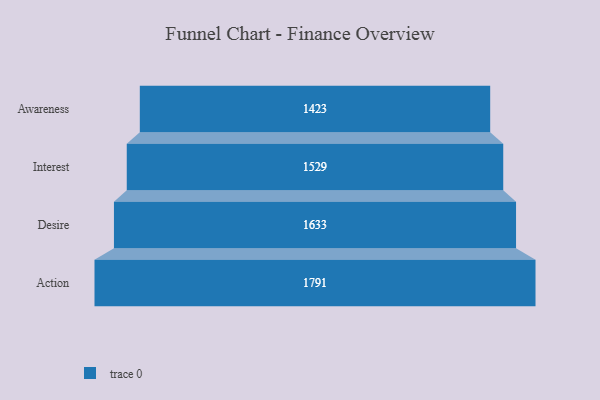
{"axis": {"x": "Stage", "y": "Value"}, "legend": [""], "data": [{"x": "Awareness", "y": 1423.0, "type": ""}, {"x": "Interest", "y": 1529.0, "type": ""}, {"x": "Desire", "y": 1633.0, "type": ""}, {"x": "Action", "y": 1791.0, "type": ""}]}